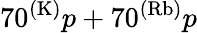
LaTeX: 70^{(\mathrm{K)}}p+70^{(\mathrm{Rb)}}p